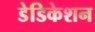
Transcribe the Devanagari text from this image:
डेडिकेशन